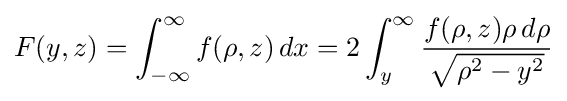
F(y,z)=\int _{-\infty }^{\infty }f(\rho ,z)\,dx=2\int _{y}^{\infty }{\frac {f(\rho ,z)\rho \,d\rho }{\sqrt {\rho ^{2}-y^{2}}}}